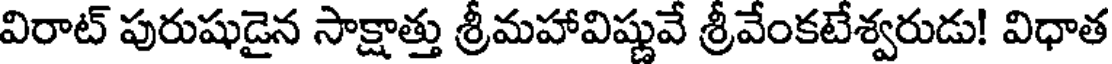
విరాట్ పురుషుడైన సాక్షాత్తు శ్రీమహావిష్ణువే శ్రీవేంకటేశ్వరుడు! విధాత